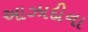
આઝાદીના